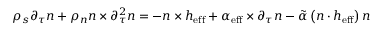
\rho _ { s } \partial _ { \tau } \boldsymbol { n } + \rho _ { n } \boldsymbol { n } \times \partial _ { \tau } ^ { 2 } \boldsymbol { n } = - \boldsymbol { n } \times \boldsymbol { h } _ { \mathrm { e f f } } + \alpha _ { \mathrm { e f f } } \times \partial _ { \tau } \boldsymbol { n } - \tilde { \alpha } \left( \boldsymbol { n } \cdot \boldsymbol { h } _ { \mathrm { e f f } } \right) \boldsymbol { n }